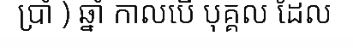
ប្រាំ ) ឆ្នាំ កាលបើ បុគ្គល ដែល